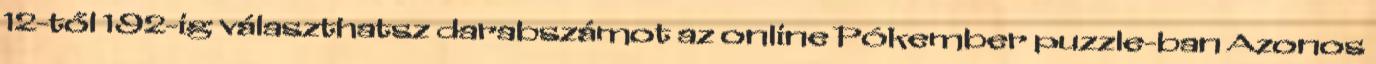
12-től 192-ig választhatsz darabszámot az online Pókember puzzle-ban Azonos